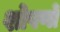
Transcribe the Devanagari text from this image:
शोषणों